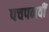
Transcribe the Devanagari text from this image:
पचपनवीं